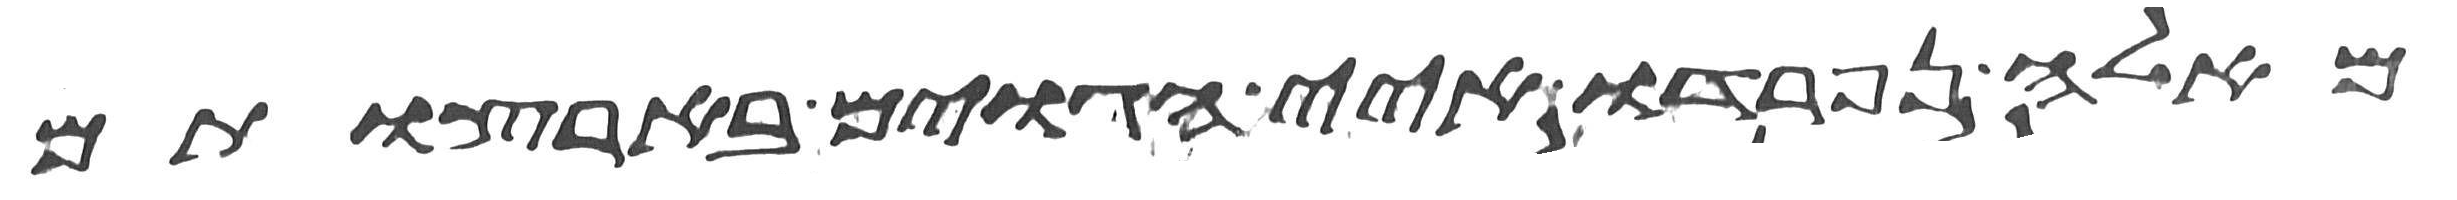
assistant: מאלה נפרדו איי הגוים בארצותם